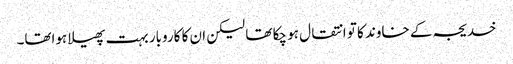
خدیجہ کے خاوند کا تو انتقال ہو چکا تھا لیکن ان کا کاروبار بہت پھیلا ہواتھا۔